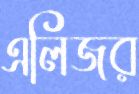
এলিজর